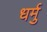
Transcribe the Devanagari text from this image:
धर्मु